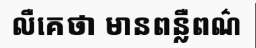
លឺគេថា មានពន្លឺពណ៌